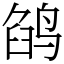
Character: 鹐